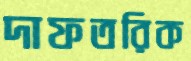
দাফতরিক